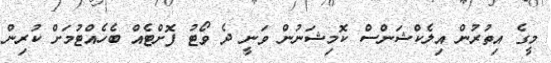
މީގެ އިތުރުން އިލެކްޝަންސް ކޮމިޝަނުން ވަނީ ދެ ވޯޓު ފޮށްޓެއް ބެހެއްޓުމަށް ކުރިން